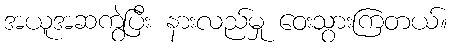
အယူအဆကွဲပြီး နားလည်မှု ဝေးသွားကြတယ်။